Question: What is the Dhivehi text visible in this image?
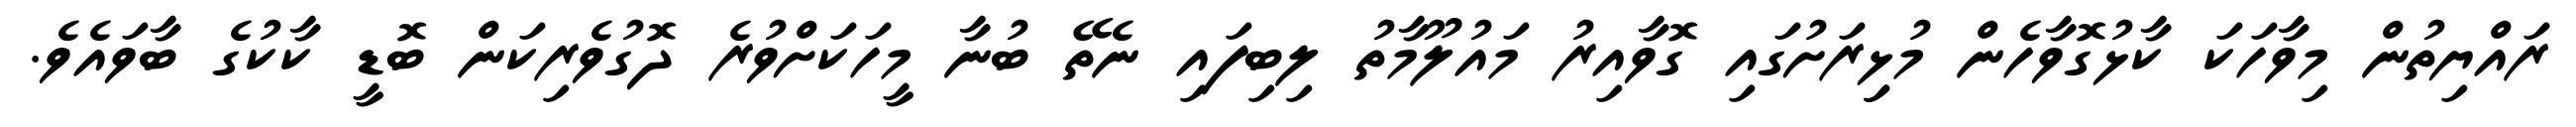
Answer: ރައްޔިތުން މިވާހަކަ ކާޅުގޮވާހެން މުޅިިރަށުގައި ގޮވާއިރު މައުލޫމާތު ލިބިފައި ނެތޭ ބުނާ މީހަކަށްވުރެ ދޮގުވެރިކަން ބޮޑީ ކާކުގެ ބާވައެވެ.